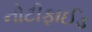
નોટીફાઈડ